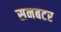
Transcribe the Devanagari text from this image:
सनबटर